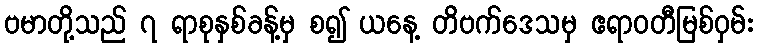
ဗမာတို့သည် ၇ ရာစုနှစ်ခန့်မှ စ၍ ယနေ့ တိဗက်ဒေသမှ ဧရာဝတီမြစ်ဝှမ်း